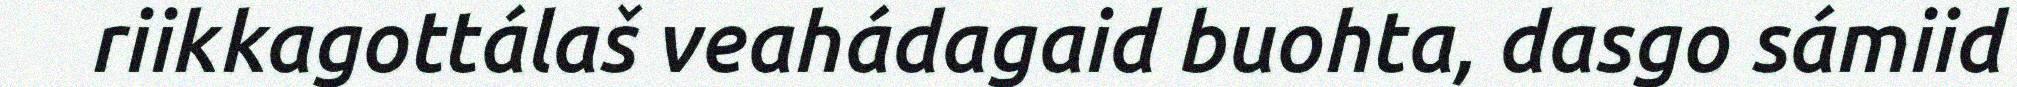
riikkagottálaš veahádagaid buohta, dasgo sámiid